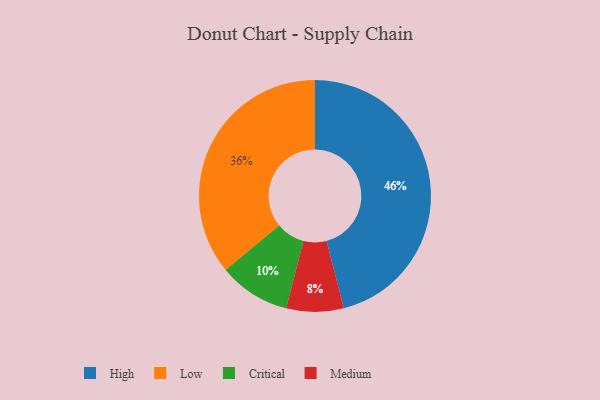
{"axis": {"x": "Category", "y": "Percentage"}, "legend": ["Critical", "High", "Low", "Medium"], "data": [{"x": "Critical", "y": 10, "type": "Critical"}, {"x": "Low", "y": 36, "type": "Low"}, {"x": "High", "y": 46, "type": "High"}, {"x": "Medium", "y": 8, "type": "Medium"}]}